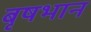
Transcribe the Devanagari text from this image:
बृषभान